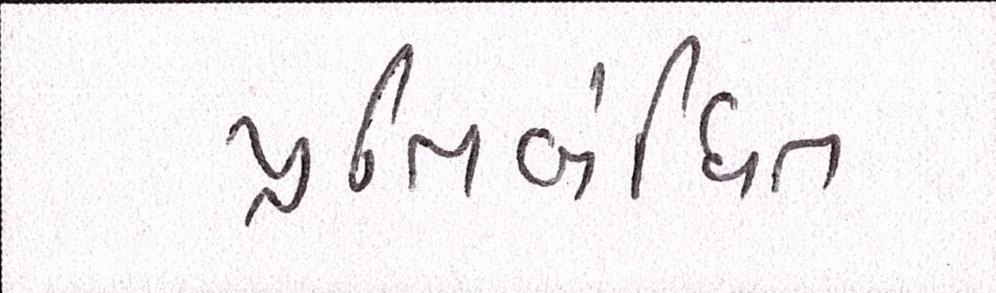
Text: પ્રતિબંધિત